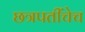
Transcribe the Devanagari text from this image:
छत्रपतींचेच